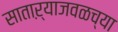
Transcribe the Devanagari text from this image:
साताऱ्याजवळच्या